Medical and sanitary report of the native army of Bengal for the year
Year: 1874
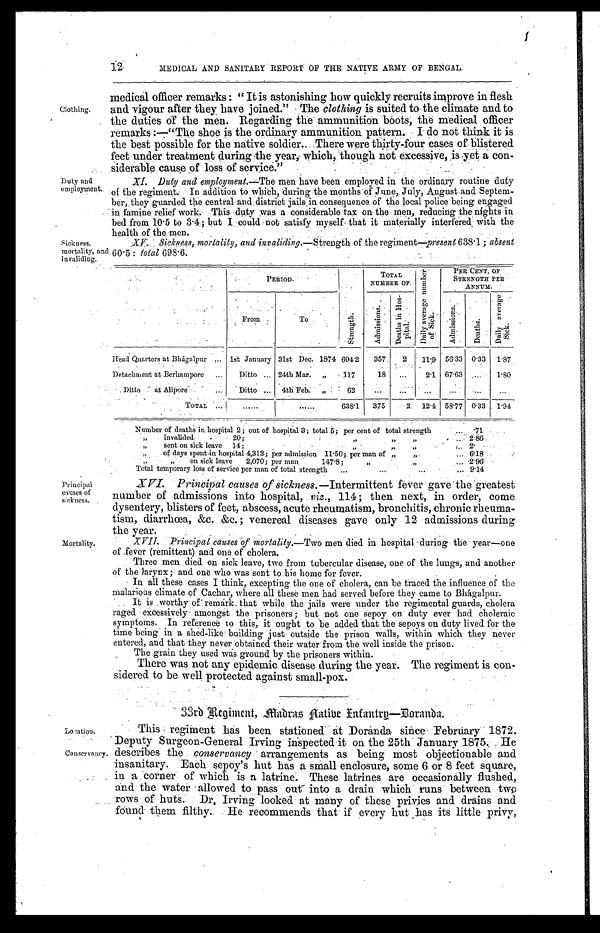
Location.
Conservancy.
12
MEDICAL AND SANITARY REPORT OF THE NATIVE ARMY OF BENGAL.
Clothing.
Duty and
employment.
medical officer remarks "It is astonishing how quickly recruits improve in flesh
and vigour after they have joined." The clothing is suited to the climate and to
the duties of the men. Regarding the ammunition boots, the medical officer
remarks:—"The shoe is the ordinary ammunition pattern. I do not think it is
the best possible for the native soldier. There were thirty-four cases of blistered
feet under treatment during the year, which, though not excessive, is yet a con
-siderable cause of loss of service."
XI. Duty and employment.— The men have been employed in the ordinary routine duty
of the regiment. In addition to which, during the months of June, July, August and Septem-
ber, they guarded. the central and district jails, in consequence of the local police being engaged
in famine relief work. This duty was a considerable tax on the men, reducing the nights in
bed from 10.5 to 3.4; but I could not satisfy myself that it materially interfered with the
health of the men.
Sickness,
mortality, and
invaliding.
Sickness, mortality, and invaliding.— Strength of the regiment— present 638.1; absent
60.5: t otal 698.6.
P E R I O D .
S t r e n g t h .
TOTAL
NUMBER OF.
D a i l y a v e r a g e n u m b e r o f S i c k .
PER CENT OF
STRENGTHE PER
ANNUM.
From
To
A d m i s s i o n s .
D e a t h s i n H o s p i t a l .
A d m i s s i o n s .
D e a t h s .
Da i l y a ve r a ge Si c k.
Head Quarters at Bhágalpur . . .
1st January 31st Dec. 1874 604.2
357.
2
11.9
56.33
0.33
1.87
Detachment at Berhampore
. . .
Ditto
. . . 24th Mar.
"
117
18
. . .
2.1
67.63
. . .
1.80
Ditto
at Alipore . . .
Ditto. . .
4th Feb. " . . .
62
. . .
. . .
. . .
. . .
. . .
. . .
TOTAL . . .
. . .
. . . 638.1
375
2 12.4
58.77
0.33
1.94
Number of deaths in hospital 2; out of hospital 3; total 5; per cent of total strength . . .
.71
" i n v a l i d e d 2 0 • " " . . . 2.86
" sent on sick leave 14; " " . . .
2 .
„ of days spent-in hospital 4,313; per admission 11.50; per man of " " . . .. 6.18
" on sick leave
2,070; per man 147.8; " " . . . 2.96
Total temporary loss of service per man of total strength . . . 9.14
Principal
causes of
sickness.
Mortality.
XVI .
Principal causes of sickness.—Intermittent fever gave the greatest
number of admissions into hospital, viz., 114; then next, in order, come
dysentery, blisters of feet, abscess, acute rheumatism, bronchitis, chronic rheuma
-tism, diarrhœa, &c. &c.; venereal diseases gave only 12 admissions during
the year.
XVII
. P rincipal causes of mortality.—Two men died in hospital during the year—one
of fever (remittent) and one of cholera,
Three men died on sick leave, two from tubercular disease, one of the lungs, and another
of the larynx; and one who was sent to his home for fever.
:
In all these cases I think,.excepting the one of cholera, can be traced the influence.of the
malarious climate of Cachar, where all these men had served before they came to Bhágalpur.
It is worthr of remark, that while the jails were under the regimental guards, cholera
raged :excessively amongst the prisoners; but not one sepoy on duty ever had choleraic
symptoms. In reference to this, it ought to be added that the sepoys on duty lived for the
time being in a shed-like building just outside the prison walls, within which they never
entered, and that they never obtained their water from the well inside the prison.
The grain they used was ground by the prisoners within.
There was not any epidemic disease during the year. The regiment is con
-
sidered to be well protected against small-pox.
33rb Regiment, Madras Native Infantry—Doranda..
This regiment has been stationed at Doranda since February 1872.
Deputy Surgeon-General Irving inspected it on the 25th January 1875. He
describes the conservancy arrangements as being most objectionable and
insanitary. Each sepoy's hut has a small enclosure, some 6 or 8 feet square,
in a corner of which is a latrine: These latrines are occasionally flushed,
and the water allowed to pass out into a drain which runs between two
rows of huts. Dr. Irving looked at many of these privies and drains and
found them filthy. He recommends that if every hut has its little privy,